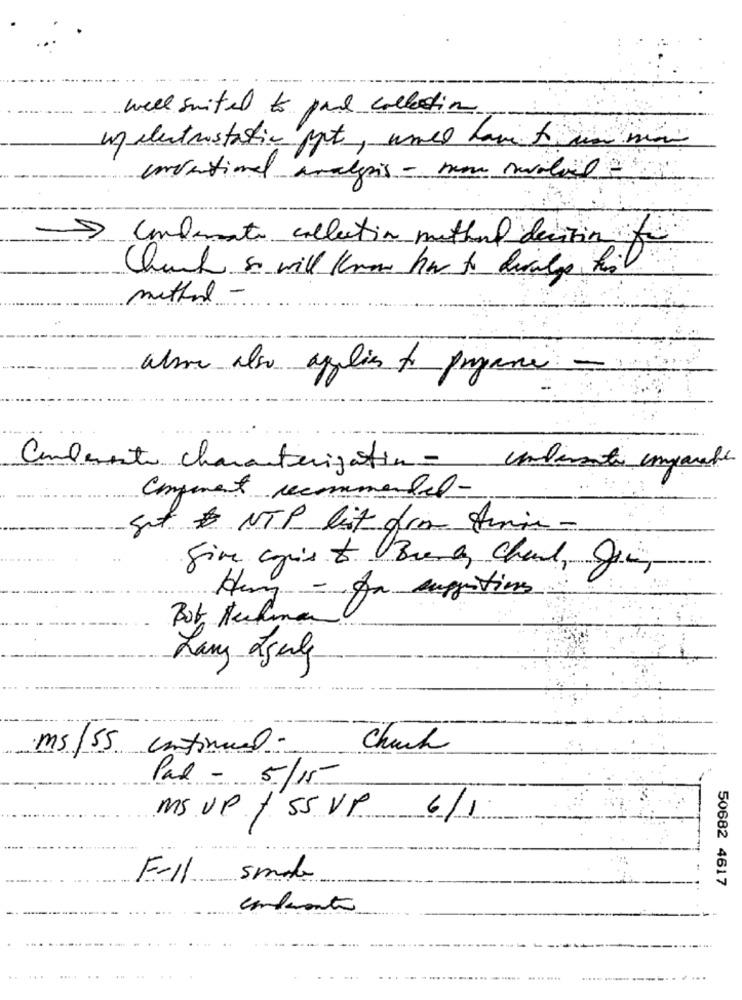
well suited to pal collection
un electrostatic ppt, umved have to un mio
conventional analysis - no model
Confermato collection method decision for
Chuck so will know how to divulge hil
method -
alman also agilis to pryparce -
Comderente characterization - comparate inparte
Cingment recommended-
Sit & NTP lit from Anin-
Sim coris it Bien Chaud, Jir
Hey - fr suggestions
Lang Agely
ms/55 continuel.
Chuck
Pal - 5/15
Ms UP / 55 VP 6/1
Full smal
50682 4617
confronto
......